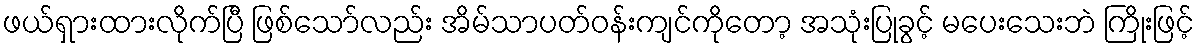
ဖယ်ရှားထားလိုက်ပြီ ဖြစ်သော်လည်း အိမ်သာပတ်ဝန်းကျင်ကိုတော့ အသုံးပြုခွင့် မပေးသေးဘဲ ကြိုးဖြင့်